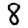
Digit: 8